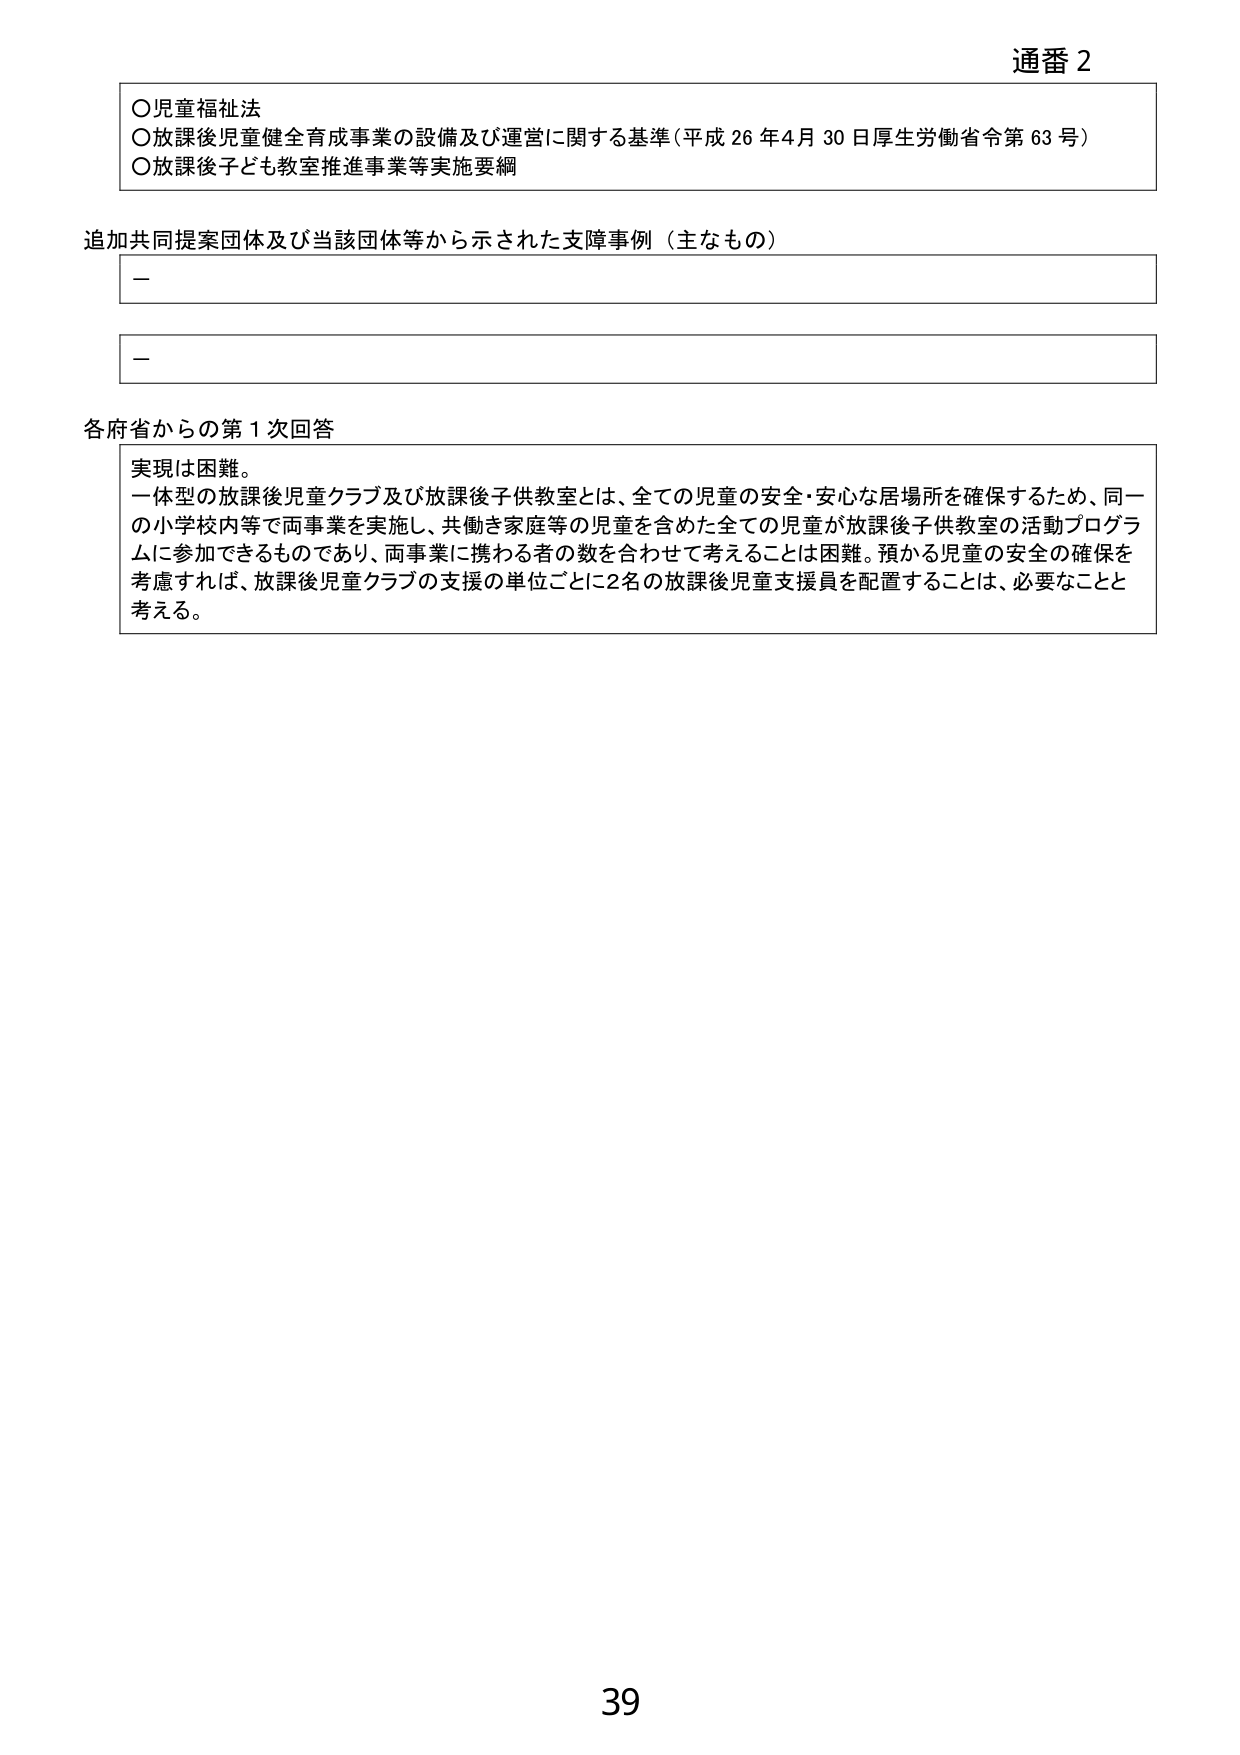
通番 2

○児童福祉法
○放課後児童健全育成事業の設備及び運営に関する基準（平成26年4月30日厚生労働省令第63号）
○放課後子ども教室推進事業等実施要綱

追加共同提案団体及び当該団体等から示された支障事例（主なもの）
－
－

各府省からの第1次回答
実現は困難。
一体型の放課後児童クラブ及び放課後子供教室とは、全ての児童の安全・安心な居場所を確保するため、同一の小学校内等で両事業を実施し、共働き家庭等の児童を含めた全ての児童が放課後子供教室の活動プログラムに参加できるものであり、両事業に携わる者の数を合わせて考えることは困難。預かる児童の安全の確保を考慮すれば、放課後児童クラブの支援の単位ごとに2名の放課後児童支援員を配置することは、必要なことと考える。

39